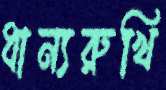
ধান্যরুখি